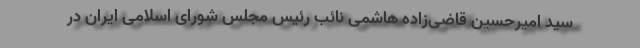
سید امیرحسین قاضی‌زاده هاشمی نائب رئیس مجلس شورای اسلامی ایران در